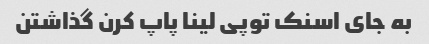
به جای اسنک توپی لینا پاپ کرن گذاشتن